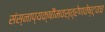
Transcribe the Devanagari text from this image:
संस्नाप्यक्षौमवस्त्रेणवेष्ट्यच